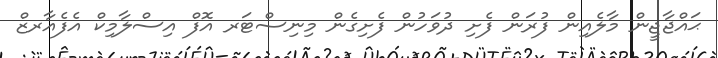
ޙައްޖާޖީން މާލެއިން ފުރަން ފެށި ދުވަހުން ފެށިގެން މިނިސްޓަރ އޮފް އިސްލާމިކް އެފެއާރޒް